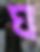
ঘ